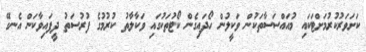
ކަށަވަރުކުރުމަށްޓަކައި މުއައްސަސާތަކުން ވަކީލުން ހޯދައިގެން ކޯޓުތަކުގައި ވަކާލާތު ކުރުމުގެ ފުރުސަތު ދީފައިވާކަން އެނގޭ